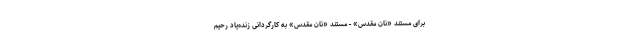
برای مستند «نان مقدس» - مستند «نان مقدس» به کارگردانی زنده‌یاد رحیم